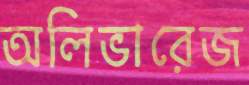
অলিভারেজ